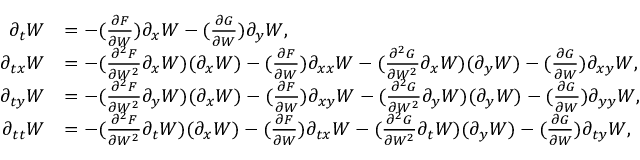
\begin{array} { r l } { \partial _ { t } W } & { = - ( \frac { \partial F } { \partial W } ) \partial _ { x } W - ( \frac { \partial G } { \partial W } ) \partial _ { y } W , } \\ { \partial _ { t x } W } & { = - ( \frac { \partial ^ { 2 } F } { \partial W ^ { 2 } } \partial _ { x } W ) ( \partial _ { x } W ) - ( \frac { \partial F } { \partial W } ) \partial _ { x x } W - ( \frac { \partial ^ { 2 } G } { \partial W ^ { 2 } } \partial _ { x } W ) ( \partial _ { y } W ) - ( \frac { \partial G } { \partial W } ) \partial _ { x y } W , } \\ { \partial _ { t y } W } & { = - ( \frac { \partial ^ { 2 } F } { \partial W ^ { 2 } } \partial _ { y } W ) ( \partial _ { x } W ) - ( \frac { \partial F } { \partial W } ) \partial _ { x y } W - ( \frac { \partial ^ { 2 } G } { \partial W ^ { 2 } } \partial _ { y } W ) ( \partial _ { y } W ) - ( \frac { \partial G } { \partial W } ) \partial _ { y y } W , } \\ { \partial _ { t t } W } & { = - ( \frac { \partial ^ { 2 } F } { \partial W ^ { 2 } } \partial _ { t } W ) ( \partial _ { x } W ) - ( \frac { \partial F } { \partial W } ) \partial _ { t x } W - ( \frac { \partial ^ { 2 } G } { \partial W ^ { 2 } } \partial _ { t } W ) ( \partial _ { y } W ) - ( \frac { \partial G } { \partial W } ) \partial _ { t y } W , } \end{array}